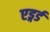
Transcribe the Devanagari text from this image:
एड्गर्ड